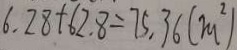
6 . 2 8 + 6 2 . 8 = 7 5 . 3 6 ( m ^ { 2 } )